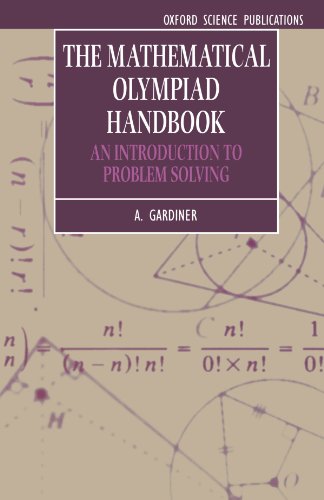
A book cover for The Mathematical Olympiad Handbook: An Introduction to Problem Solving Based on the First 32 British Mathematical Olympiads 1965-1996 (Oxford Science Publications); A. Gardiner; Science & Math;